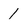
Character: 1